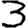
Digit: 3